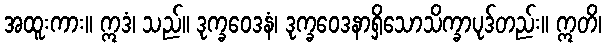
အထူးကား။ ဣဒံ၊ သည်။ ဒုက္ခဝေဒနံ၊ ဒုက္ခဝေဒနာရှိသောသိက္ခာပုဒ်တည်း။ ဣတိ၊